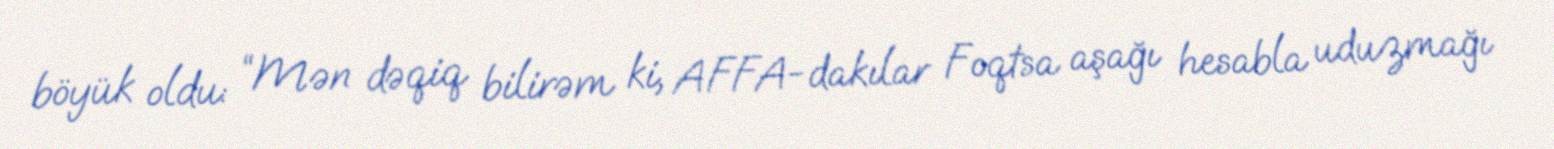
böyük oldu: “Mən dəqiq bilirəm ki, AFFA-dakılar Foqtsa aşağı hesabla uduzmağı